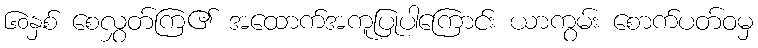
၆၀နှစ် စေလွှတ်ကြ၏ အထောက်အကူပြုပါကြောင်း ယာကွမ်း စောက်ပတ်ဝမှ